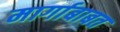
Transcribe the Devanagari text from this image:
मार्गाबाबत